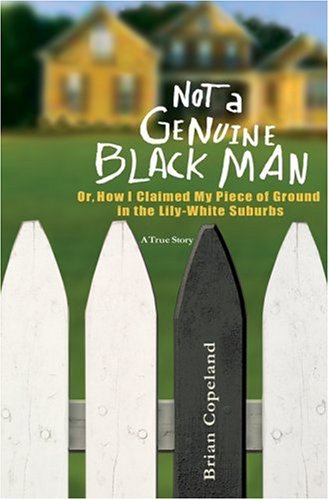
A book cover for Not a Genuine Black Man: Or, How I Claimed My Piece of Ground in the Lily-White Suburbs; Brian Copeland; Literature & Fiction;